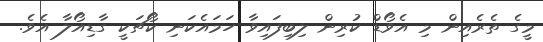
މީގެ ތެރެއިން މި އެވޯޑް ކުރިން ލިބިފައިވާ ހަމައެކަނި ކޯޗަކީ ގާޑިއޯލާ އެވެ.